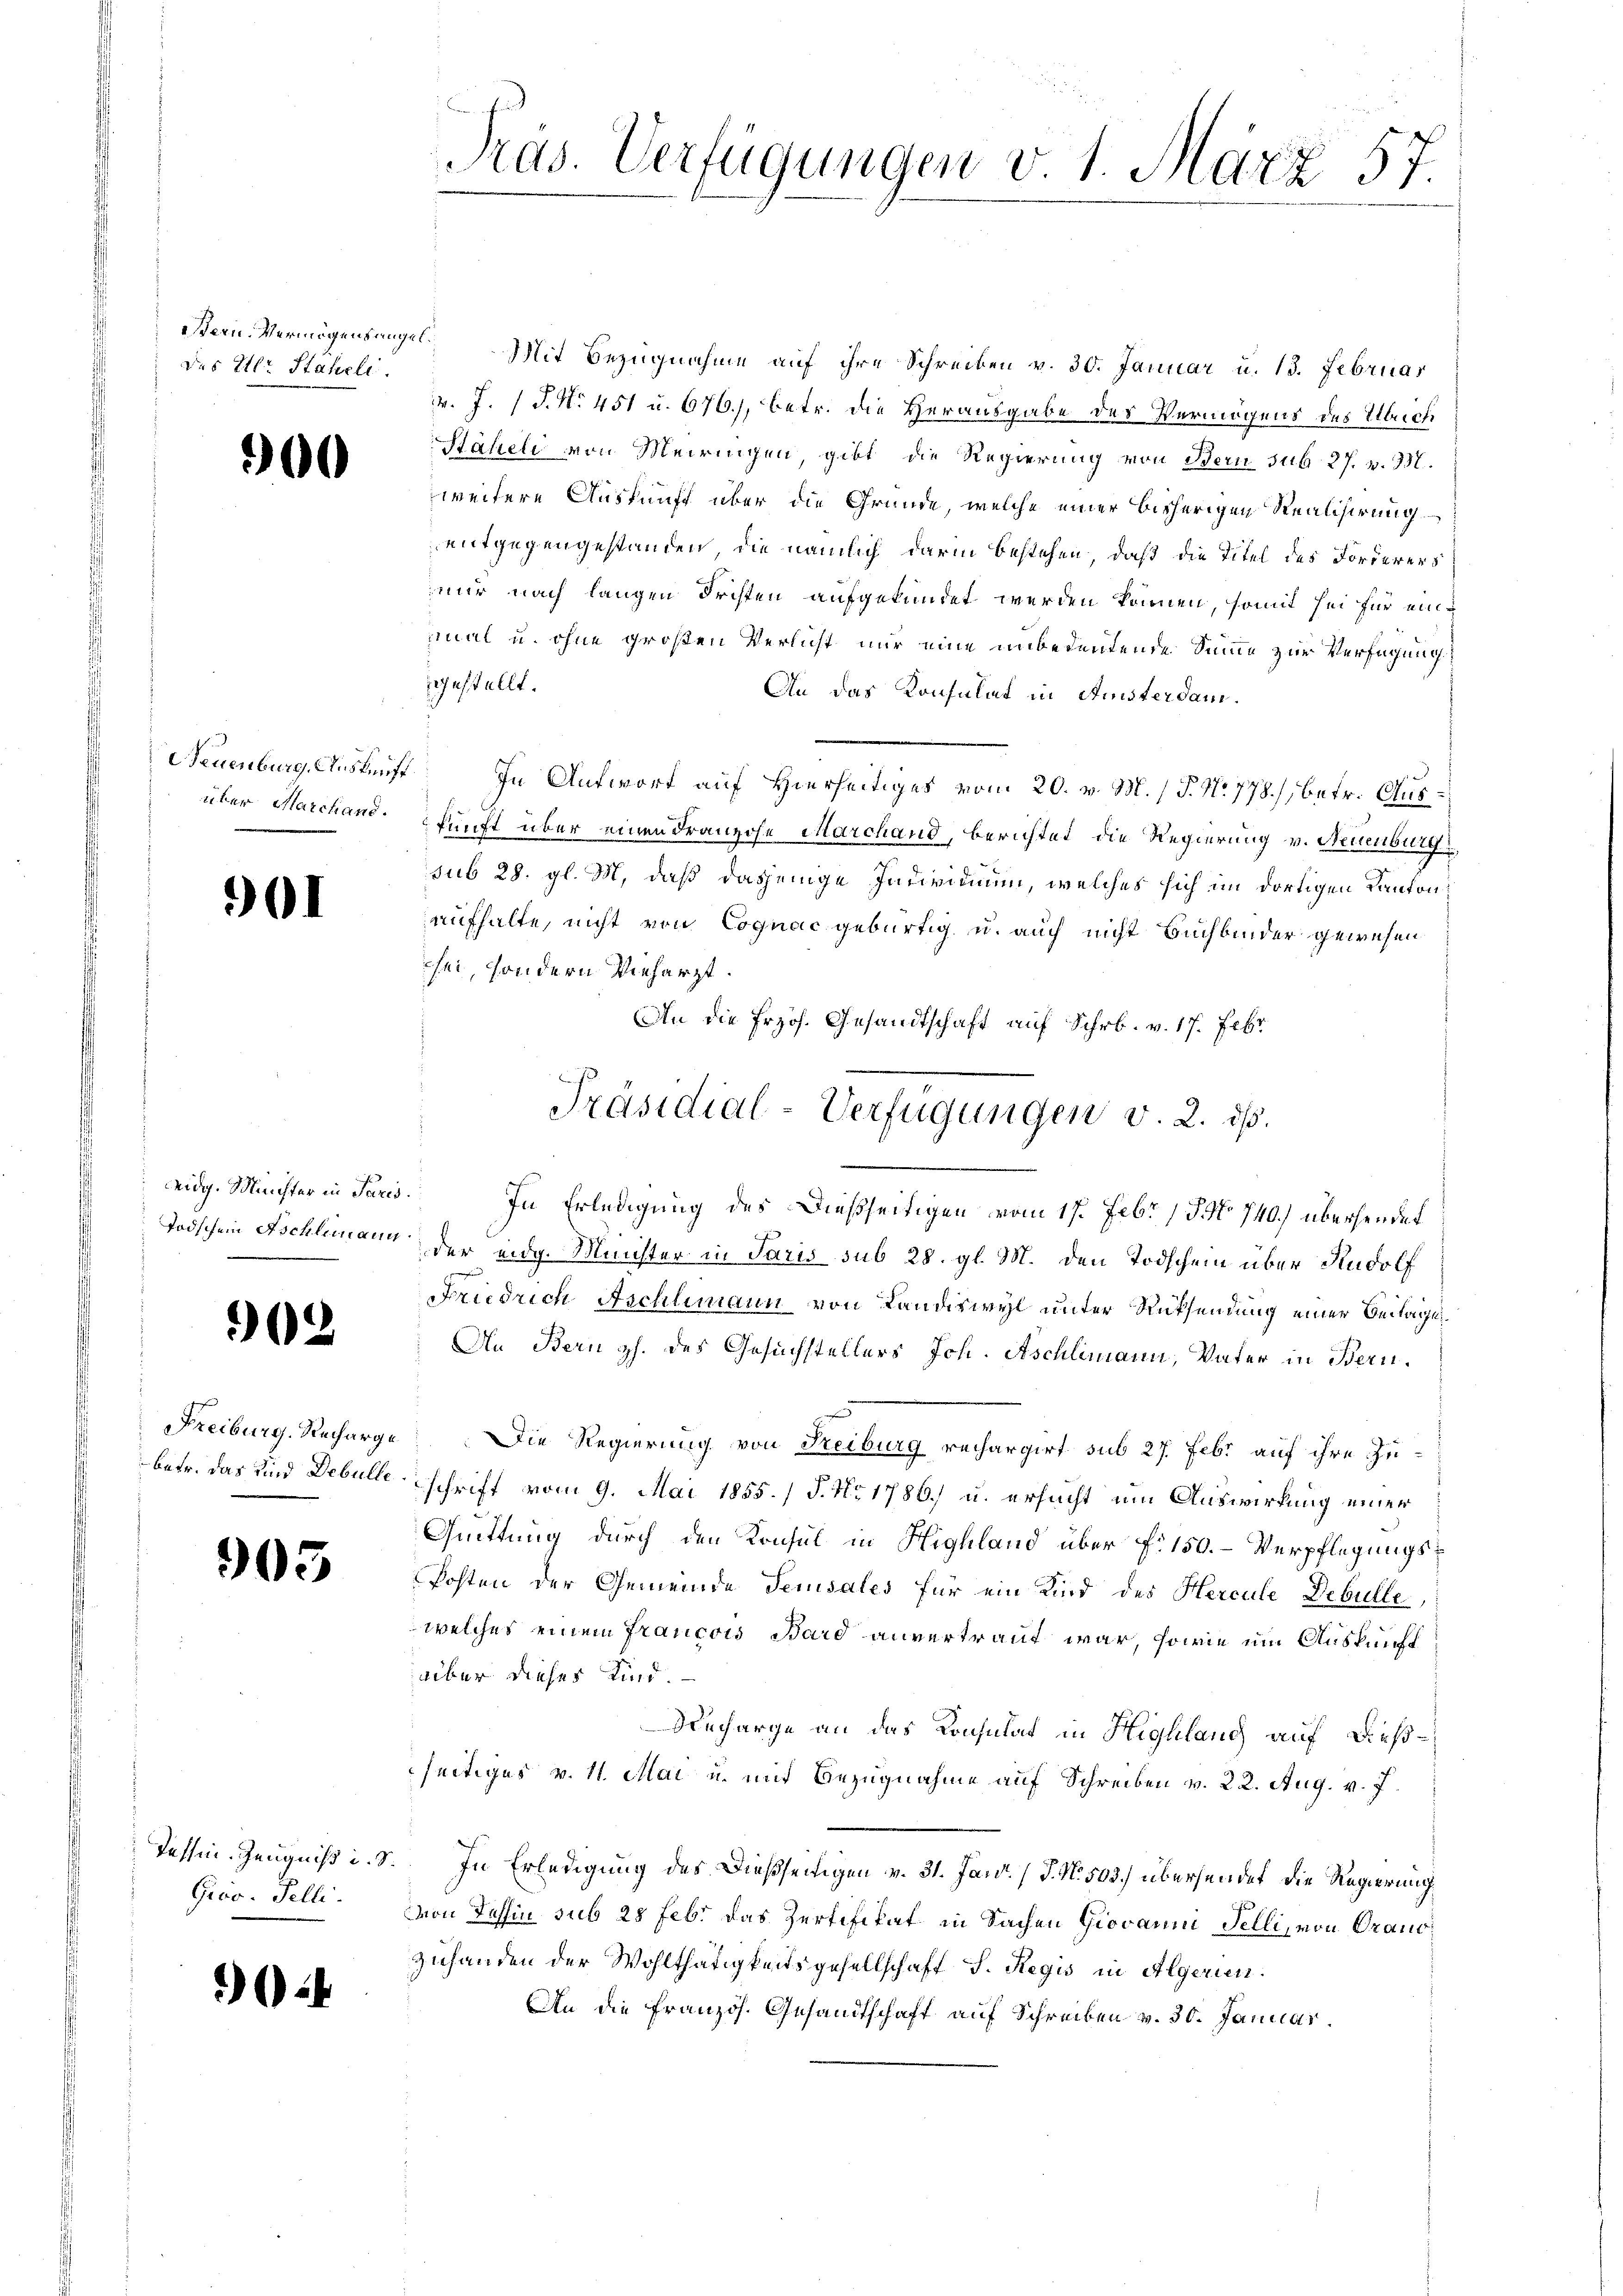
des Ill. Staheli

60

über Marchand.

901

deidg. Meichter in Paris.

6

Freiburg. Recharge

903

Tessin. Zeugniß u. d
Grov. Felli.

2

eßern Vermögensregel Mit Bezugnahme auf ihre Schreiben v. 30. Januar u. 13. Februar
. J. J. N. 451 u. 676.), betr. die Herausgabe des Vermögens des Ulrich
Stäheli von Meiringen, gibt die Regierung von Bern sub 27. v. M.
weitere Auskunft über die Gründe, welche einer bisherigen Realisirung
entgegengestanden, die nämlich darin bestehen, daß die Titel des Forderers
mir nach langen Fristen aufgekündet werden können, somit sei für einmal u. ohne großen Verlicht nur eine unbedeutende Summe zur Verfügung
gestellt.
An das Konsulat in Amsterdam¬
Neuenburg, Auskunft. In Antwort auf Hierseitiges vom 20. v. M. P. N. 778.), betr. Auskunft über einen dranzose Marchand, berichtet, die Regierung v. Neuenburg,
sub 28. gl. M. daß dasjenige Individuum, welches sich im dortigen Kanton
aufhalte, nicht von Cognac gebürtig u. auch nicht Buchbinder gewesen
sei, sondern Vieharzt.
An die Erzös. Gesandtschaft auf Schr. v. 17. Febr
In Erledigung des dießseitigen vom 17. Febr. 13 No 740.) übersendet
Todschein Aschlimann der eidg. Minister in Paris sub 28. gl. M. den Todschein über Rudolf
Friedrich Aschlimann von Landiswyl unter Rücksendung einer Beilagen¬
An Bern gl. des Gesuchstellers Joh. Aschlimann, Vater in Bern.
Die Regierung von Freiburg rechargirt sub 27. Febr. auf ihre Zubatr. das und Debulle schrift vom 9. Mai 1855. / P. No 1786) u. ersucht um Auswirkung einer
Quittung durch den Konsul in Highland über f. 150. – Verpflegungs¬
Posten der Gemeinde Sensales für ein Kind des Hercule Debulle
welches einem Francois Bard anvertraut war, sowie ein Auskunft
aber dieses Kind.
Decharge an das Konsulat in Highlang auf dießseitiges v. 11. Mai u. mit Bezugnahme auf Schreiben v. 22. Aug. v. J.
V. In Erledigung des Dießseitigen v. 31. Jan. (T. N. 503.) übersendet die Regierung
von Tessin sub 28 feb. das Zertifikat in Sachen Giovanni Felli, von Orano
Ziehanden der Wohlthätigkeitsgesellschaft S. Regis in Algerien.
An die Französ. Gesandtschaft auf Schreiben v. 30. Januar.

Pras. Verfügungen v. 1. März 57.

Präsidial-Verfügungen v. 2. ds.